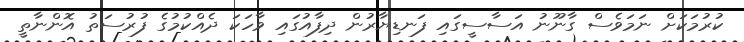
ކުރުމަކަށް ނަމަވެސް ގާނޫނު އަސާސީގައި ފަނޑިޔާރުން ދިފާއުގައި ވާހަކަ ދެއްކުމުގެ ފުރުސަތު އޮންނާތީ